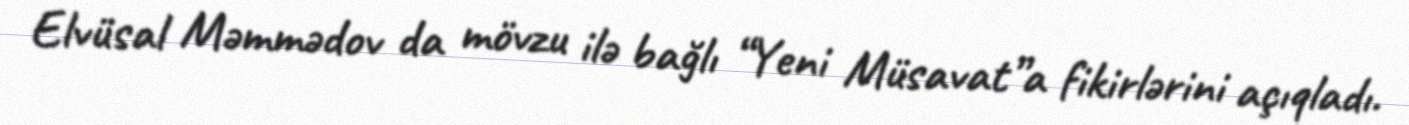
Elvüsal Məmmədov da mövzu ilə bağlı “Yeni Müsavat”a fikirlərini açıqladı.